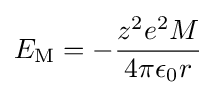
E_{\text{M}}=-{\frac {z^{2}e^{2}M}{4\pi \epsilon _{0}r}}